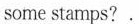
some stamps?.